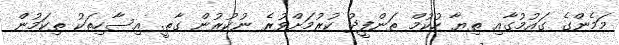
މަމެންގެ ގައުމުގާއި ތިޔާ ހުކުމް ތަންފީޛު ކުރުމަށްވުރެ ނުކުރުން ގާތީ. އިސާހިތަކު ތިކަމުން